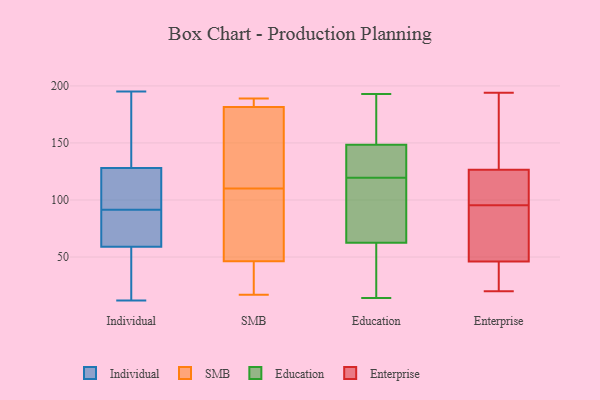
{"axis": {"x": "Inventory Turnover", "y": "Value"}, "legend": ["Education", "Enterprise", "Individual", "SMB"], "data": [{"x": "", "y": 94, "type": "Individual"}, {"x": "", "y": 127, "type": "Individual"}, {"x": "", "y": 195, "type": "Individual"}, {"x": "", "y": 128, "type": "Individual"}, {"x": "", "y": 89, "type": "Individual"}, {"x": "", "y": 12, "type": "Individual"}, {"x": "", "y": 24, "type": "Individual"}, {"x": "", "y": 59, "type": "Individual"}, {"x": "", "y": 167, "type": "Individual"}, {"x": "", "y": 87, "type": "Individual"}, {"x": "", "y": 21, "type": "SMB"}, {"x": "", "y": 53, "type": "SMB"}, {"x": "", "y": 107, "type": "SMB"}, {"x": "", "y": 133, "type": "SMB"}, {"x": "", "y": 187, "type": "SMB"}, {"x": "", "y": 17, "type": "SMB"}, {"x": "", "y": 65, "type": "SMB"}, {"x": "", "y": 26, "type": "SMB"}, {"x": "", "y": 180, "type": "SMB"}, {"x": "", "y": 189, "type": "SMB"}, {"x": "", "y": 137, "type": "SMB"}, {"x": "", "y": 110, "type": "SMB"}, {"x": "", "y": 186, "type": "SMB"}, {"x": "", "y": 77, "type": "Education"}, {"x": "", "y": 124, "type": "Education"}, {"x": "", "y": 23, "type": "Education"}, {"x": "", "y": 19, "type": "Education"}, {"x": "", "y": 173, "type": "Education"}, {"x": "", "y": 143, "type": "Education"}, {"x": "", "y": 116, "type": "Education"}, {"x": "", "y": 14, "type": "Education"}, {"x": "", "y": 111, "type": "Education"}, {"x": "", "y": 48, "type": "Education"}, {"x": "", "y": 157, "type": "Education"}, {"x": "", "y": 193, "type": "Education"}, {"x": "", "y": 15, "type": "Education"}, {"x": "", "y": 192, "type": "Education"}, {"x": "", "y": 154, "type": "Education"}, {"x": "", "y": 123, "type": "Education"}, {"x": "", "y": 93, "type": "Education"}, {"x": "", "y": 92, "type": "Education"}, {"x": "", "y": 124, "type": "Education"}, {"x": "", "y": 125, "type": "Education"}, {"x": "", "y": 34, "type": "Enterprise"}, {"x": "", "y": 96, "type": "Enterprise"}, {"x": "", "y": 86, "type": "Enterprise"}, {"x": "", "y": 36, "type": "Enterprise"}, {"x": "", "y": 156, "type": "Enterprise"}, {"x": "", "y": 146, "type": "Enterprise"}, {"x": "", "y": 194, "type": "Enterprise"}, {"x": "", "y": 45, "type": "Enterprise"}, {"x": "", "y": 132, "type": "Enterprise"}, {"x": "", "y": 121, "type": "Enterprise"}, {"x": "", "y": 82, "type": "Enterprise"}, {"x": "", "y": 95, "type": "Enterprise"}, {"x": "", "y": 101, "type": "Enterprise"}, {"x": "", "y": 112, "type": "Enterprise"}, {"x": "", "y": 47, "type": "Enterprise"}, {"x": "", "y": 20, "type": "Enterprise"}]}